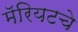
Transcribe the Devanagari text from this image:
मॅरियटचे